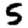
Digit: 5